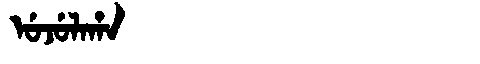
Manchu: ᡠᠵᡠᠯᠠᡥᠠ
Romanization: UJULAHA